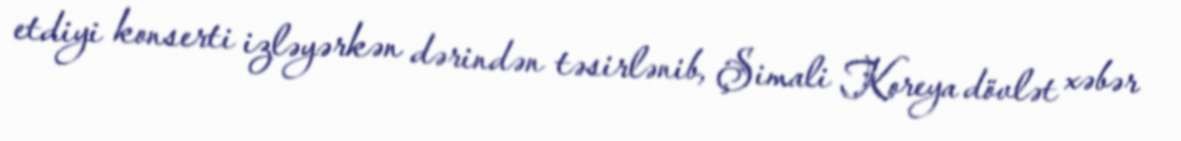
etdiyi konserti izləyərkən dərindən təsirlənib, Şimali Koreya dövlət xəbər